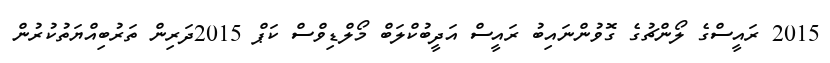
2015 ރައީސްގެ ލޯންޗުގެ ގޮވުންނައިބު ރައީސް އަދީބުކްލަބް މޯލްޑިވްސް ކަޕް 2015ދަރިން ތަރުބިއްޔަތުކުރުން